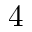
4